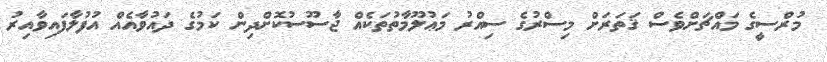
މުރްސީގެ މައްޗަށްވެސް ޤަތަރަށް މިސްރުގެ ސިއްރު މަޢުލޫމާތުތަކެއް ޖާސޫސުކޮށްދިން ކަމުގެ ދައުވާއެއް އުފުލާފައިވާއިރު